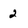
Character: 2